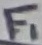
Text: F1